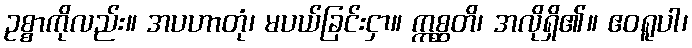
ဥစ္စာကိုလည်း။ အပဟာတုံ၊ မပယ်ခြင်းငှာ။ ဣစ္ဆတိ၊ အလိုရှိ၏။ ဧဝရူပါ၊